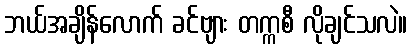
ဘယ်အချိန်လောက် ခင်ဗျား တက္ကစီ လိုချင်သလဲ။